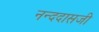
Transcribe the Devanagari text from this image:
नन्ददासजी